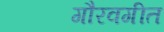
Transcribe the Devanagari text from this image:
गौरवगीत